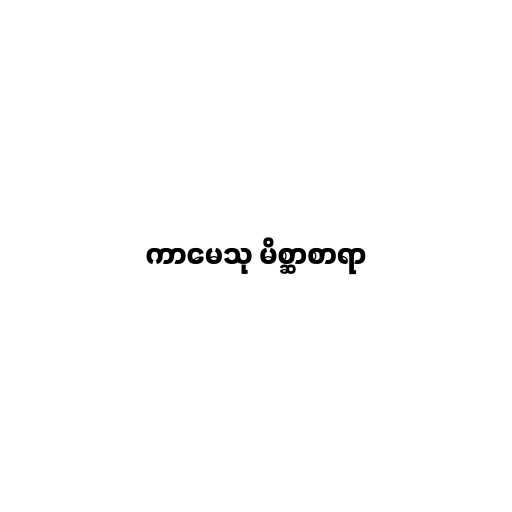
ကာမေသု မိစ္ဆာစာရာ